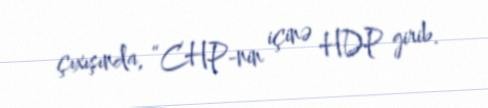
çıxışında, “CHP-nin içinə HDP girib.